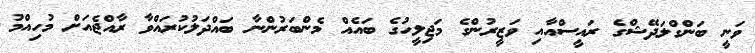
ވަނީ ބަންގްލަދޭޝްގެ ރައީސްއާއި ވަޒީރުންގެ މަޖިލީހުގެ ބައެއް މެންބަރުންނާ ބައްދަލުކުރައްވާ ރާއްޖެއަށް މުހިއްމު